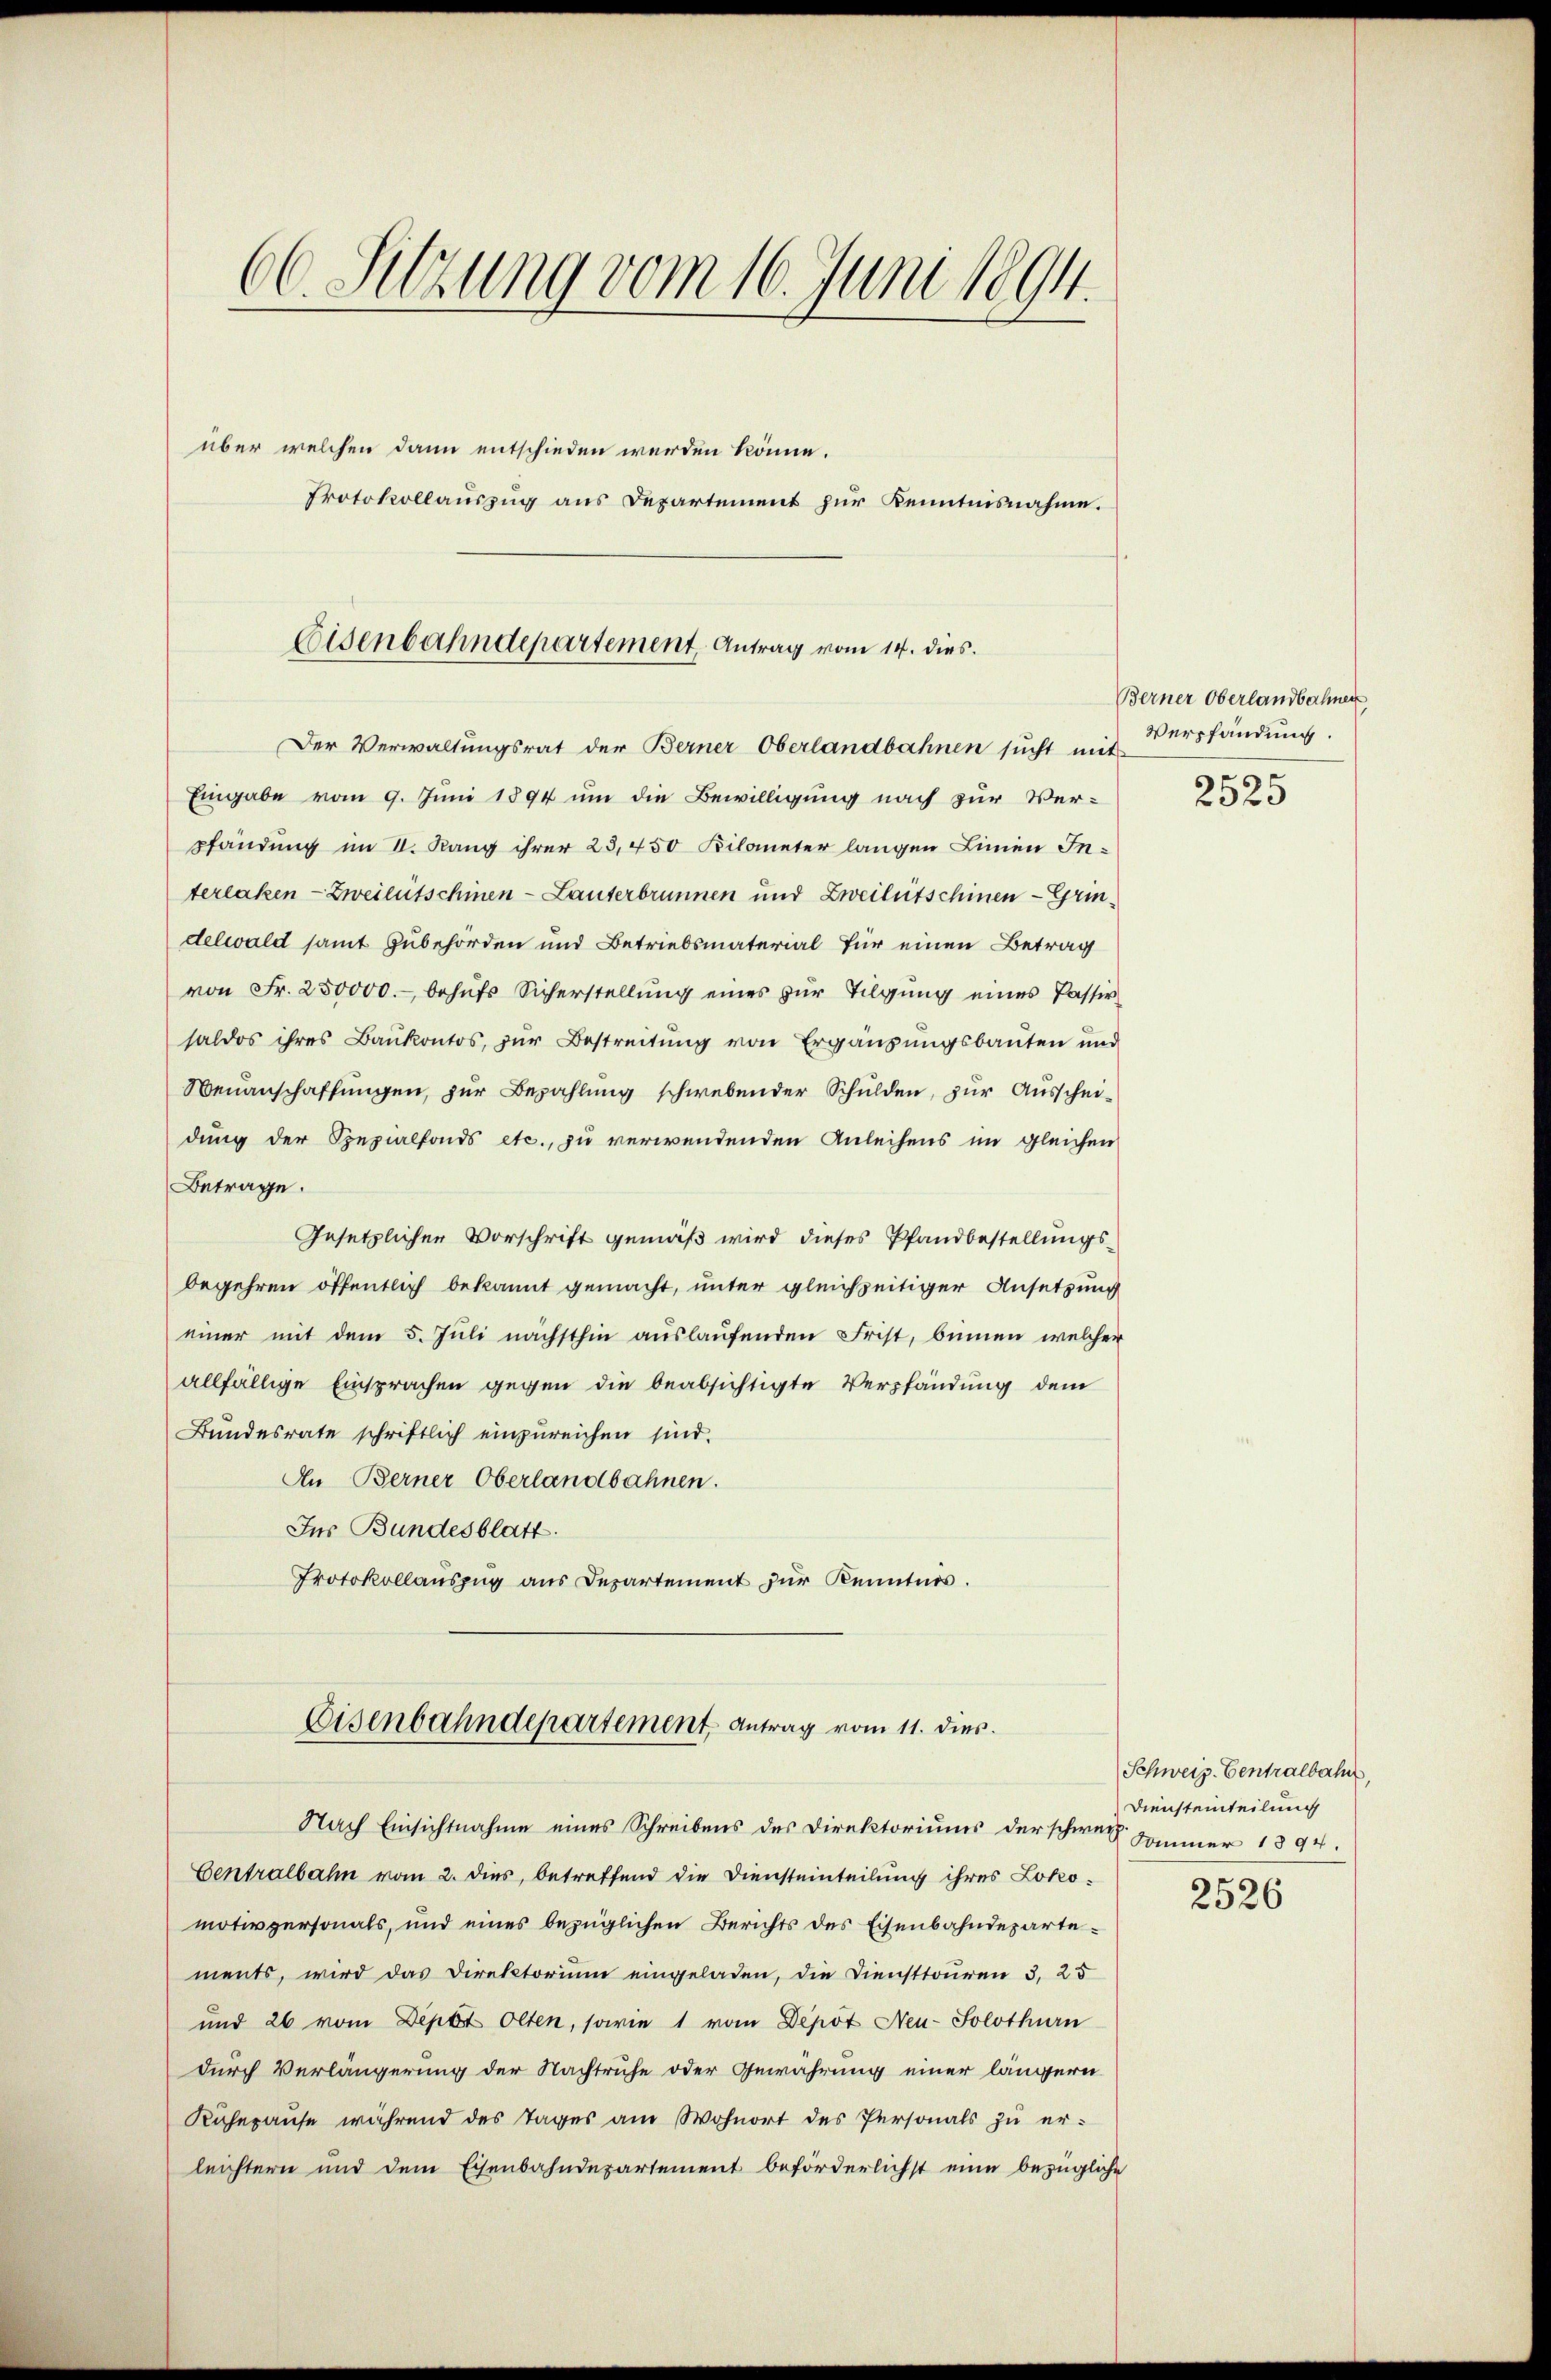
66. Sitzung vom 16. Juni 1894.
über welchen dann entschieden werden könne.
Protokollauszug aus Departement zur Kenntnisnahme.

Eisenbahndepartement, Antrag vom 14. dies.
Der Verwaltungsrat der Berner Oberlandbahnen sucht mit

Eingabe vom 9. Juni 1894 um die Bewilligung nach zur Ver-
pfändung im II. Rang ihrer 25,450 Kilometer langen Linien Interlaken-Zweiletschinen-Lauterbrunnen und Zweiletschien - Grin.
delwald samt Zubehörden und Betriebsmaterial für einen Betrag
von Fr. 250000.- behufs Sicherstellung eines zur Tilgung eines Passiv
saldos ihres Baukontos, zur Bestreitung von Ergänzungsbauten und
Neuanschaffŭngen, zur Bezahlung schwebender Schulden, zur Ausscheidung der Spezialfonds etc., zu verwendenden Anleihens im gleichen
Betrage.
Gesetzlicher Vorschrift gemäß wird dieses Pfandbestellungsbegehren öffentlich bekannt gemacht, unter gleichzeitiger Ansetzung
einer mit dem 5. Juli nächsthin auslaufenden Frist, binnen welcher
allfällige Einsprachen gegen die beabsichtigte Verpfändung dem
Bundesrate schriftlich einzureichen sind.
An Berner Oberlandbahnen.
Ins Bundesblatt.
Protokollauszug aus Departement zur Kenntnis.
Eisenbahndepartement Antrag vom 11. dies
Nach Einsichtnahme eines Schreibens des Direktoriums der schwere. Sommer 1894.
Centralbahn vom 2. dies, betreffend die Diensteinteilung ihres Lokomotivpersonals, und eines bezüglichen Berichts des Eisenbahndepartements, wird das Direktorium eingeladen, die Diensttouren 3, 25
und 26 vom Depot Olten, sowie 1 vom Depot Neu-Solothurn
durch Verlängerung der Nachtruhe oder Gewährung einer längern
Kuhepause während des Tages am Wohnort des Personals zu erleichtern und dem Eisenbahndepartement beförderlichst eine bezügliche

Berner Oberlandbahnen
Verpfändung.
f

2325

Schweiz. Centralbahn
Diensteinteilung

2526